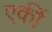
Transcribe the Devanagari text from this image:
एकीं